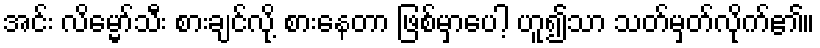
အင်း လိမ္မော်သီး စားချင်လို့ စားနေတာ ဖြစ်မှာပေါ့ ဟူ၍သာ သတ်မှတ်လိုက်၏။